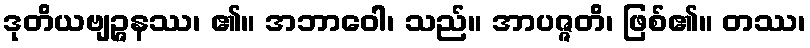
ဒုတိယဗျဉ္ဇနဿ၊ ၏။ အဘာဝေါ၊ သည်။ အာပဇ္ဇတိ၊ ဖြစ်၏။ တဿ၊